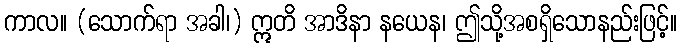
ကာလ။ (သောက်ရာ အခါ၊) ဣတိ အာဒိနာ နယေန၊ ဤသို့အစရှိသောနည်းဖြင့်။